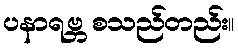
ပနာရဗ္ဘ စသည်တည်း။